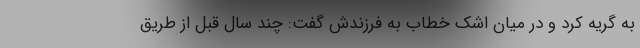
به گریه کرد و در میان اشک خطاب به فرزندش گفت: چند سال قبل از طریق